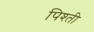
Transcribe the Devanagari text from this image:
पिश्ती